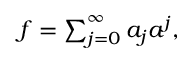
\begin{array} { r } { f = \sum _ { j = 0 } ^ { \infty } a _ { j } a ^ { j } , } \end{array}